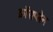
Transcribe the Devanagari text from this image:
क्रॉसप्लेन